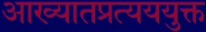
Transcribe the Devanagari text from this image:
आख्यातप्रत्यययुक्त